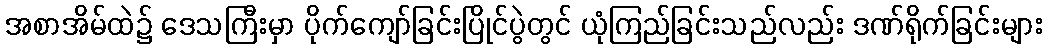
အစာအိမ်ထဲ၌ ဒေသကြီးမှာ ပိုက်ကျော်ခြင်းပြိုင်ပွဲတွင် ယုံကြည်ခြင်းသည်လည်း ဒဏ်ရိုက်ခြင်းများ